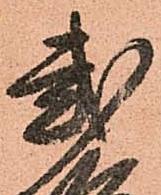
弐